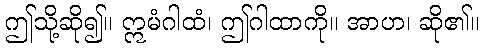
ဤသို့ဆို၍။ ဣမံဂါထံ၊ ဤဂါထာကို။ အာဟ၊ ဆို၏။